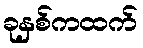
ခုနှစ်ကထက်